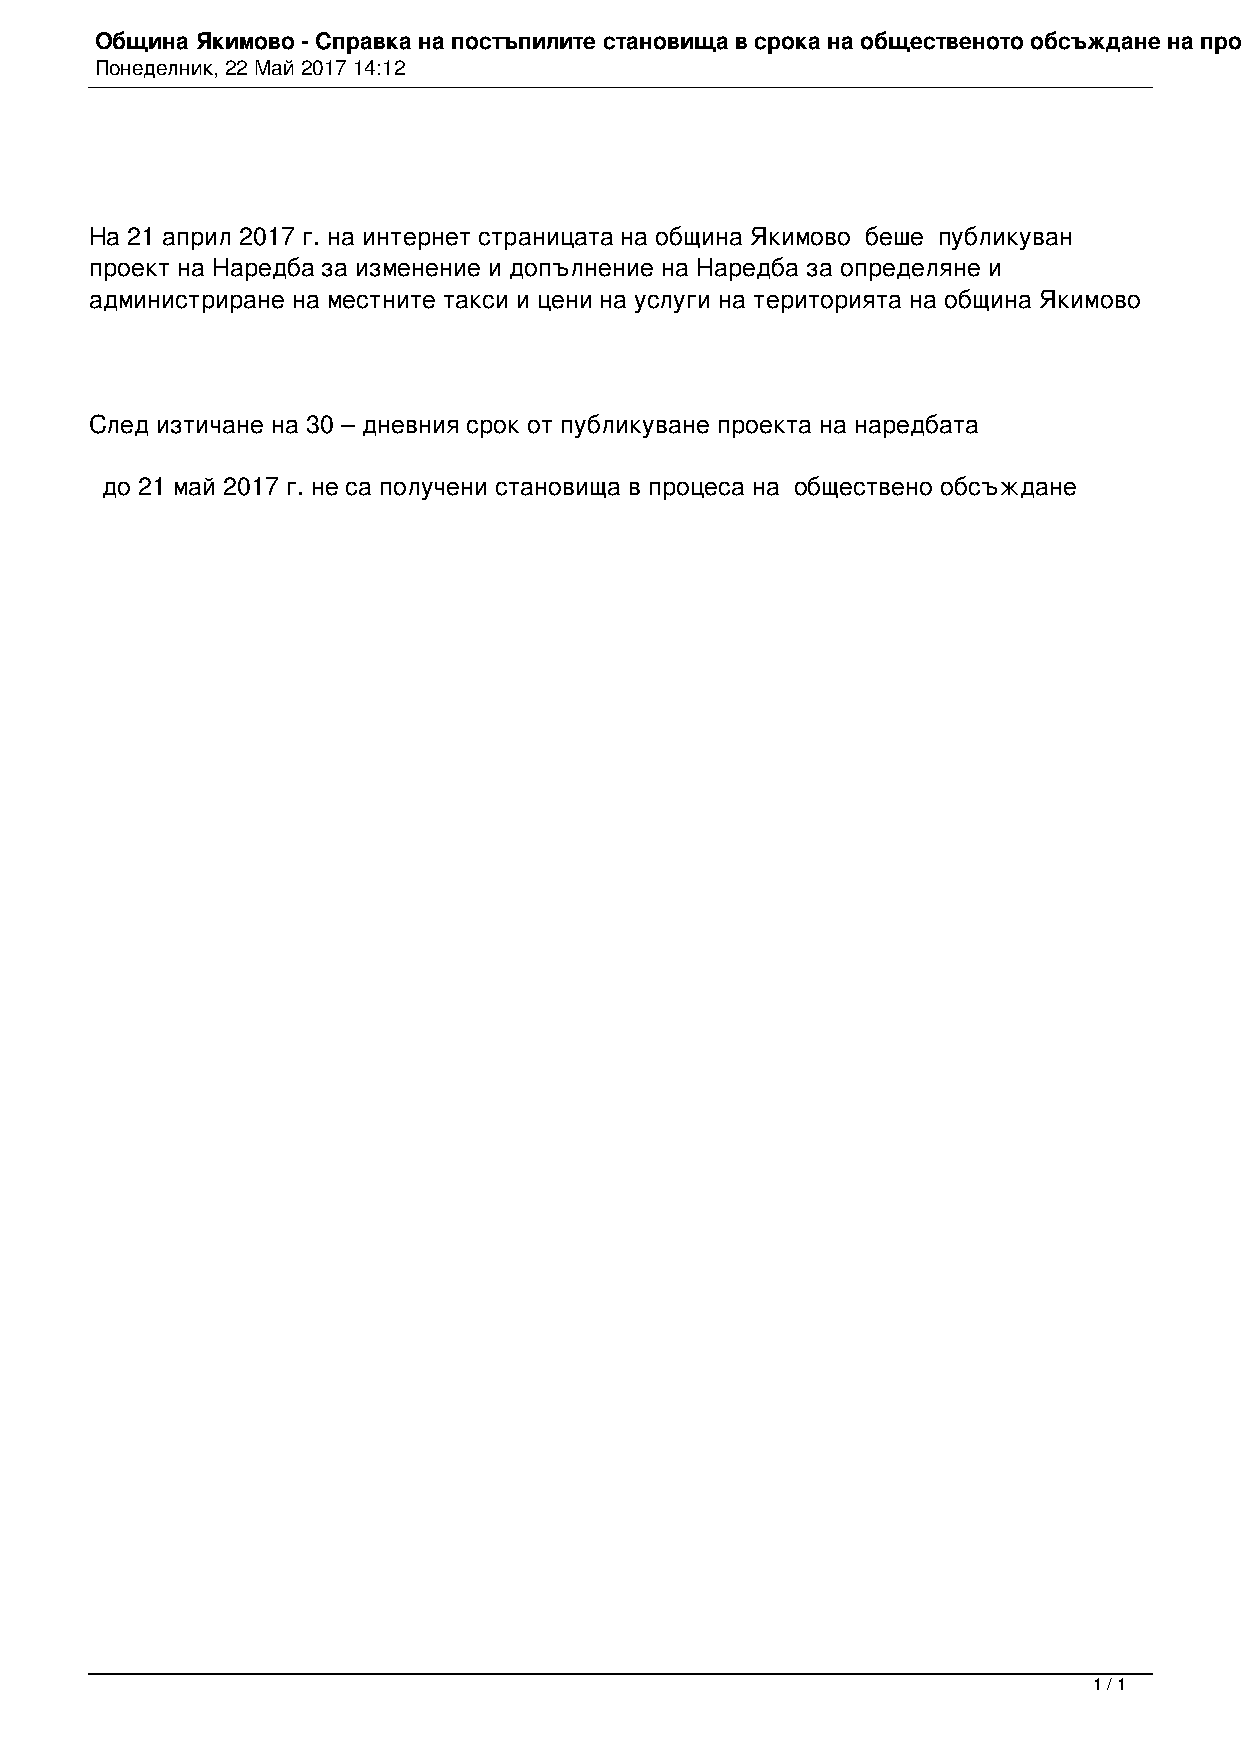
Община Якимово - Справка на постъпилите становища в срока на общественото обсъждане на проекта на Наредба за изменение и допълнение на Наредба за определяне и администриране на местните такси и цени на услуги на територията на община Якимово
 Понеделник, 22 Май 2017 14:12
 На 21 април 2017 г. на интернет страницата на община Якимово беше публикуван
 проект на Наредба за изменение и допълнение на Наредба за определяне и
 администриране на местните такси и цени на услуги на територията на община Якимово
 След изтичане на 30 – дневния срок от публикуване проекта на наредбата
 до 21 май 2017 г. не са получени становища в процеса на обществено обсъждане
 1 / 1